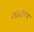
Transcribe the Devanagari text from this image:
भाकप